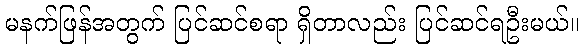
မနက်ဖြန်အတွက် ပြင်ဆင်စရာ ရှိတာလည်း ပြင်ဆင်ရဦးမယ်။